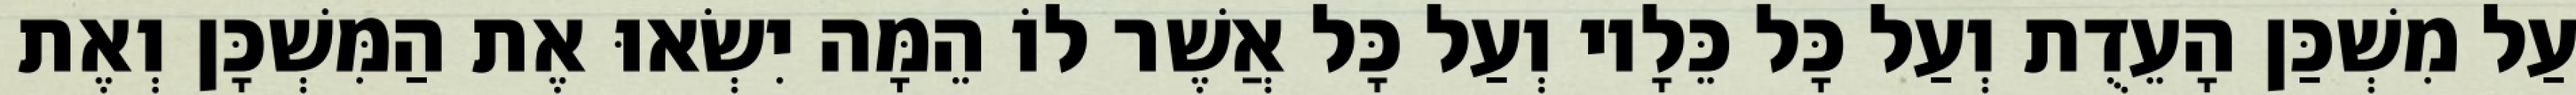
עַל מִשְׁכַּן הָעֵדֻת וְעַל כָּל כֵּלָיו וְעַל כָּל אֲשֶׁר לוֹ הֵמָּה יִשְׂאוּ אֶת הַמִּשְׁכָּן וְאֶת